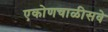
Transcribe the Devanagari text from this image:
एकोणचाळीसवे